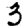
Digit: 3